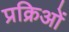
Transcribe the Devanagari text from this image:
प्रक्रिओं